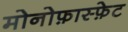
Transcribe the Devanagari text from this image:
मोनोफ़ास्फ़ेट